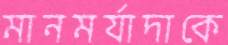
মানমর্যাদাকে